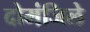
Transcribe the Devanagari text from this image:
दोमंजिले